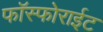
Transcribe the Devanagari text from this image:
फॉस्फोराईट